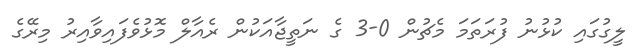
ލީގުގައި ކުޅުނު ފުރަތަމަ މެޗުން 0-3 ގެ ނަތީޖާއަކުން ރެއާލް މޮޅުވެފައިވާއިރު މިރޭގެ